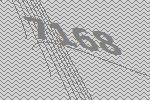
7168